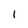
Character: 1